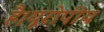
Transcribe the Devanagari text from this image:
है।यूरोपीय